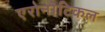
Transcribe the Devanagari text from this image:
एरोनोटिकल